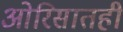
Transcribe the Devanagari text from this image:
ओरिसातही